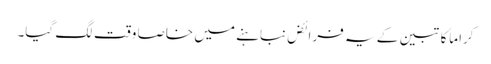
کراماً کاتبین کے یہ فرائض نباہنے میں خاصا وقت لگ گیا۔